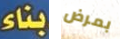
بناء بمرض